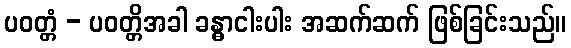
ပဝတ္တံ - ပဝတ္တိအခါ ခန္ဓာငါးပါး အဆက်ဆက် ဖြစ်ခြင်းသည်။